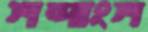
শব্দাংশ